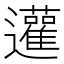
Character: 𨙕